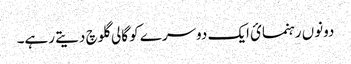
دونوں رہنمائ ایک دوسرے کو گالی گلوچ دیتے رہے۔